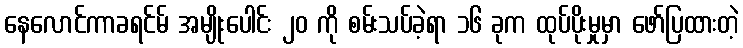
နေလောင်ကာခရင်မ် အမျိုးပေါင်း ၂၀ ကို စမ်းသပ်ခဲ့ရာ ၁၆ ခုက ထုပ်ပိုးမှုမှာ ဖော်ပြထားတဲ့